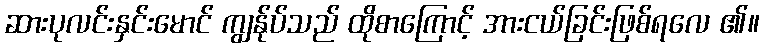
ဆားပုလင်းနှင်းမောင် ကျွန်ုပ်သည် ထိုစာကြောင့် အားငယ်ခြင်းဖြစ်ရလေ ၏။